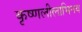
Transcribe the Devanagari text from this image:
कृष्णलीलाभिनय